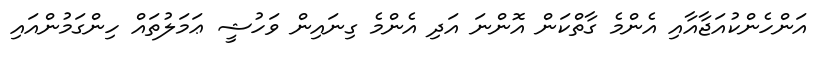
އަންހެންކުއަޖާއާއި އެންމެ ގާތްކަން އޮންނަ އަދި އެންމެ ގިނައިން ވަހުޝީ ޢަމަލުތައް ހިންގަމުންއައި